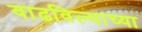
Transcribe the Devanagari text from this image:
वाढविल्याच्या